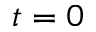
t = 0